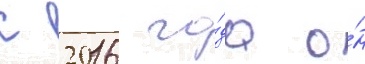
С 2016 го́да о́н